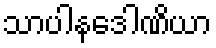
သာပါနဒေါဏိယာ